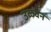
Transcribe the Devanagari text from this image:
उळवन